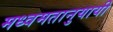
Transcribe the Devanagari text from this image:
मध्वमतानुयायी